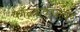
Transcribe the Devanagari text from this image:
कॉन्ककॅफवर